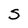
Character: S